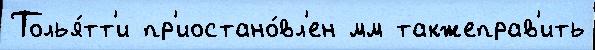
Толья́тт'и пр'иостано́вл'ен мм такжеправ'ить